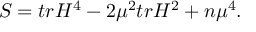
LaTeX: S = t r H ^ { 4 } - 2 { \mu } ^ { 2 } t r H ^ { 2 } + n { \mu } ^ { 4 } .